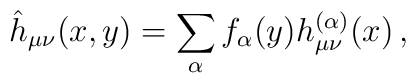
\hat{h}_{\mu\nu}(x,y) =\sum_{\alpha}f_{\alpha}(y)h^{(\alpha)}_{\mu\nu}(x)\, ,